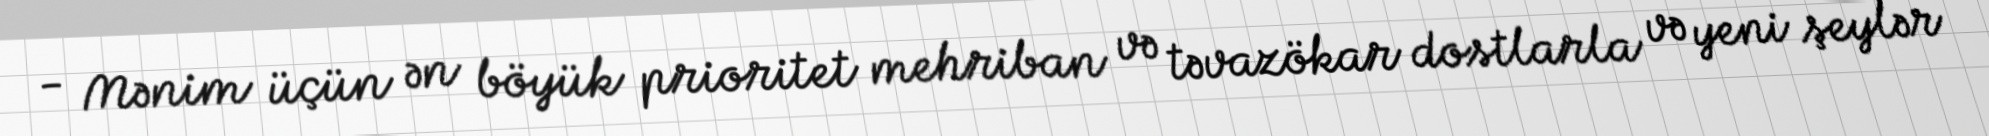
- Mənim üçün ən böyük prioritet mehriban və təvazökar dostlarla və yeni şeylər